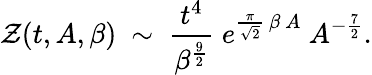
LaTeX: {\cal Z}(t,A,\beta)~\sim~{\frac{t^{4}}{\beta^{\frac{9}{2}}}}~e^{{\frac{\pi}{\sqrt{2}}}~\beta~A}~A^{-{\frac{7}{2}}}.